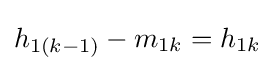
h_{1(k-1)}-m_{1k}=h_{1k}